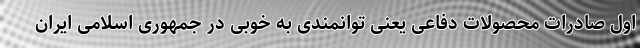
اول صادرات محصولات دفاعی یعنی توانمندی به خوبی در جمهوری اسلامی ایران